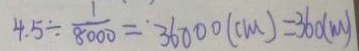
4 . 5 \div \frac { 1 } { 8 0 0 0 } = ^ { \cdot } 3 6 0 0 0 ( c m ) = 3 6 0 ( m )